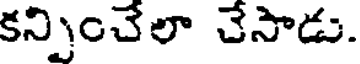
కన్నించేలా చేసాడు.